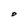
Character: O